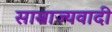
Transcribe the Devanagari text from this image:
साम्राज्‍यवादी